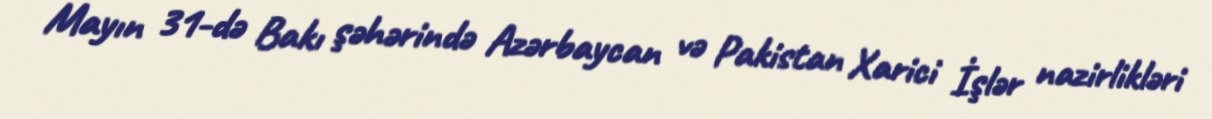
Mayın 31-də Bakı şəhərində Azərbaycan və Pakistan Xarici İşlər nazirlikləri